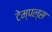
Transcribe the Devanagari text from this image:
टेम्पल्स